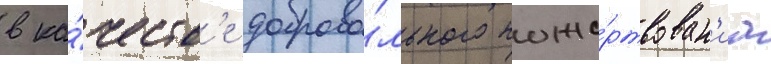
в ка́честв'е доброво́льного поже́ртвован'иа